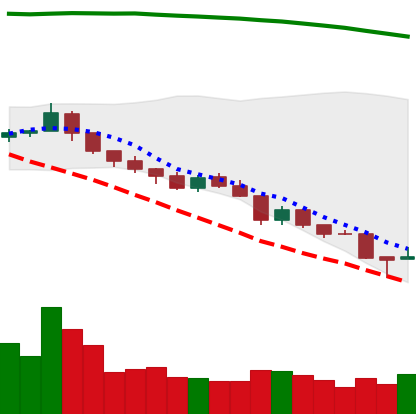
Ticker: TRX-USD
Chart end date: 2018-08-15
Forward return: 6.265%
Label: up_5_7